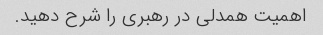
اهمیت همدلی در رهبری را شرح دهید.